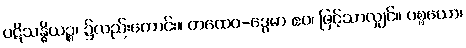
ပဋိသန္ဓိယဉ္စ၊ ၌လည်းကောင်း။ တထေဝ-ဒွေဓာ ဧဝ၊ ဖြင့်သာလျှင်။ ပစ္စယော၊